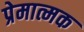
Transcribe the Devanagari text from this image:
प्रेमात्मक